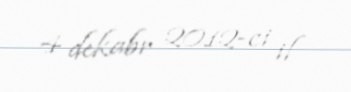
4 dekabr 2012-ci il